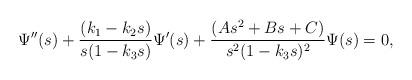
LaTeX: \begin{align*}\Psi''(s)+\frac{(k_1-k_2s)}{s(1-k_3s)}\Psi'(s)+\frac{(As^2+Bs+C)}{s^2(1-k_3s)^2}\Psi(s)=0,\end{align*}